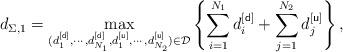
LaTeX: \begin{align*}d_{\Sigma,1}=\max_{(d^{[{\sf d}]}_1,\cdots,d_{N_1}^{[{\sf d}]},d^{[{\sf u}]}_1,\cdots,d_{N_2}^{[{\sf u}]})\in\mathcal{D}}\left\{\sum_{i=1}^{N_1}d_i^{[{\sf d}]}+\sum_{j=1}^{N_2}d_j^{[{\sf u}]}\right\},\end{align*}